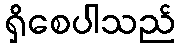
ရှိစေပါသည်